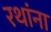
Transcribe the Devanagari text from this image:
रथांना